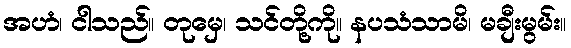
အဟံ၊ ငါသည်။ တုမှေ၊ သင်တို့ကို။ နပသံသာမိ၊ မချီးမွမ်း။